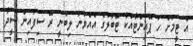
އެ ޓީމަށް ހަ ޕޮއިންޓާއެކު ޓޭބަލުގެ އެއްވަނަ ލިބުނީ ރޭ ސިފައިން ސީދާ